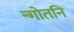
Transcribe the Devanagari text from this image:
न्गोतनि